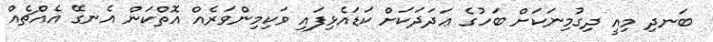
ބަނދި މިއީ ދިގުމިނަކަށް ބަހުގެ ޢަދަދަކަށް ކަޑައެޅިފައި ވަކިމިންވަރެއް އޮތްކަން އެނގޭ އެއްޗެއް